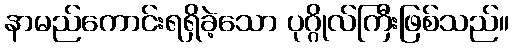
နာမည်ကောင်းရရှိခဲ့သော ပုဂ္ဂိုလ်ကြီးဖြစ်သည်။